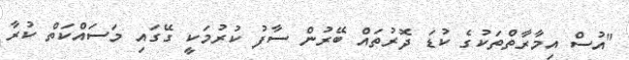
"އުސް އިމާރާތްތަކުގެ ކުޑަ ދޮރުތައް ބޭރުން ސާފު ކުރުމަކީ ގޭގައި މަސައްކަތް ކުރާ